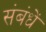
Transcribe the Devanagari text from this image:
संबंधें